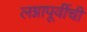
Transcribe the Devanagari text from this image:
लग्नापूर्वीची